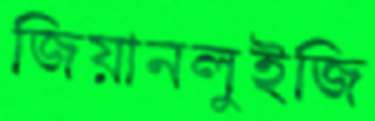
জিয়ানলুইজি